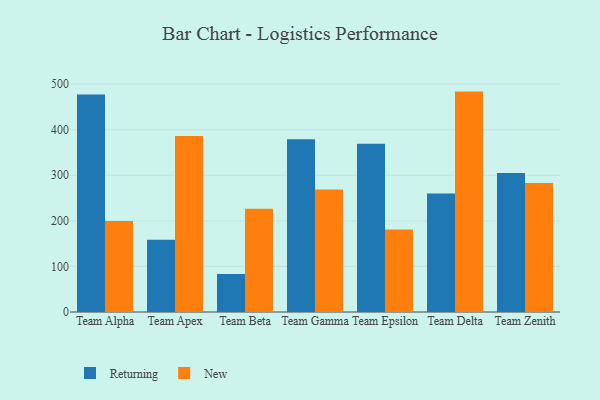
{"axis": {"x": "Team", "y": "Shipments"}, "legend": ["New", "Returning"], "data": [{"x": "Team Alpha", "y": 477.2, "type": "Returning"}, {"x": "Team Alpha", "y": 199.8, "type": "New"}, {"x": "Team Apex", "y": 158.5, "type": "Returning"}, {"x": "Team Apex", "y": 386.3, "type": "New"}, {"x": "Team Beta", "y": 83.6, "type": "Returning"}, {"x": "Team Beta", "y": 226.7, "type": "New"}, {"x": "Team Gamma", "y": 379.3, "type": "Returning"}, {"x": "Team Gamma", "y": 269.0, "type": "New"}, {"x": "Team Epsilon", "y": 369.2, "type": "Returning"}, {"x": "Team Epsilon", "y": 181.0, "type": "New"}, {"x": "Team Delta", "y": 259.9, "type": "Returning"}, {"x": "Team Delta", "y": 483.6, "type": "New"}, {"x": "Team Zenith", "y": 305.2, "type": "Returning"}, {"x": "Team Zenith", "y": 282.8, "type": "New"}]}